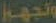
وتجهوا